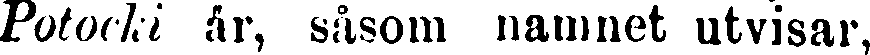
Potocki år, såsom namnet utvisar,